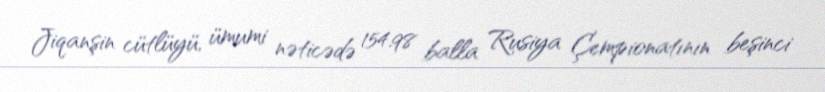
Jiqanşin cütlüyü, ümumi nəticədə 154.98 balla Rusiya Çempionatının beşinci